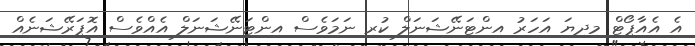
އެ އެއާޕޯޓް މިދިޔަ އަހަރު އިންޓަނޭޝަނަލް ކުރި ނަމަވެސް އިންޓަނޭޝަނަލް އެއްވެސް އޮޕަރޭޝަނެއް